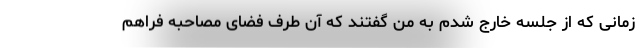
زمانی که از جلسه خارج شدم به من گفتند که آن طرف فضای مصاحبه فراهم